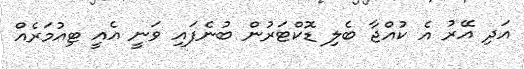
އަދި އޭރު އެ ކުއްޖާ ބެލި ޑޮކްޓަރުން ބުނެފައި ވަނީ އެއީ ޓިއުމަރެއް